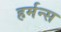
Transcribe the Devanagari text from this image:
हर्मन्स